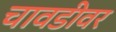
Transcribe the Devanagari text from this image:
चावडीवर